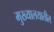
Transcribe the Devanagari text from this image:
मुख्यालयातील